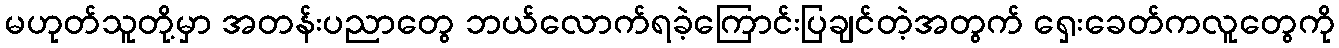
မဟုတ်သူတို့မှာ အတန်းပညာတွေ ဘယ်လောက်ရခဲ့ကြောင်းပြချင်တဲ့အတွက် ရှေးခေတ်ကလူတွေကို